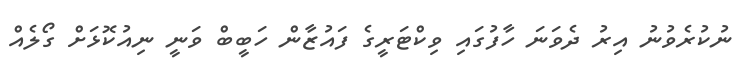
ނުކުރެވުނު އިރު ދެވަނަ ހާފުގައި ވިކްޓަރީގެ ފައުޒާން ހަބީބް ވަނީ ނިއުކޮޅަށް ގޯލެއް